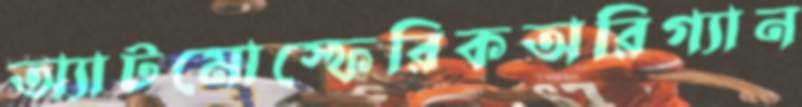
অ্যাটমোস্ফেরিকঅরিগ্যান